Development of the parasite of Indian kala azar - Number 53
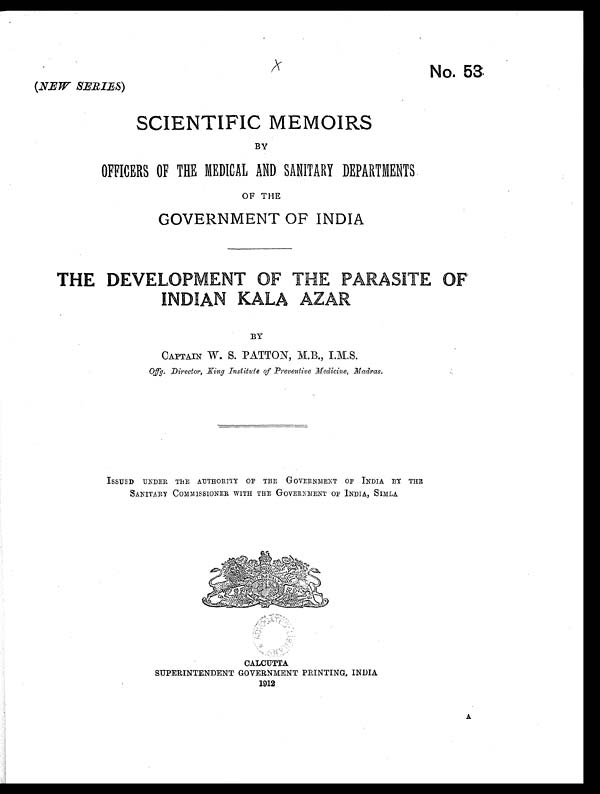
x
No. 53
(NEW SERIES)
SCIENTIFIC MEMOIRS
BY
OFFICERS OF THE MEDICAL AND SANITARY DEPARTMENTS
OF THE
GOVERNMENT OF INDIA
THE DEVELOPMENT OF THE PARASITE OF•
I N D I A N K A L A A Z A R
BY
CAPTAIN W. S. PATTON, M B., I.M.S.
Offg. Director, King Institute of Preventive Medicine, Madras.
ISSUED UNDER THE AUTHORITY OF THE G0VERNMENT OF INDIA. BY THE
SANITARY COMMISSIONER WITH THE GOVERNMENT OF INDIA, SIMLA
CALCUTTA
SUPERINTENDENT GOVERNMENT PRINTING., INDIA
1912
A